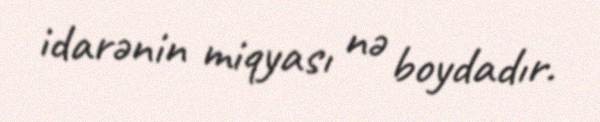
idarənin miqyası nə boydadır.